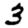
Digit: 3